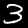
Digit: 3